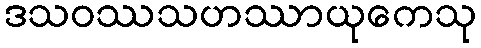
ဒသဝဿသဟဿာယုကေသု